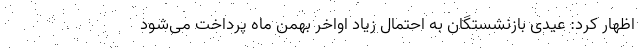
اظهار کرد: عیدی بازنشستگان به احتمال زیاد اواخر بهمن ماه پرداخت می‌شود